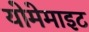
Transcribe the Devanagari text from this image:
योमेमाइट